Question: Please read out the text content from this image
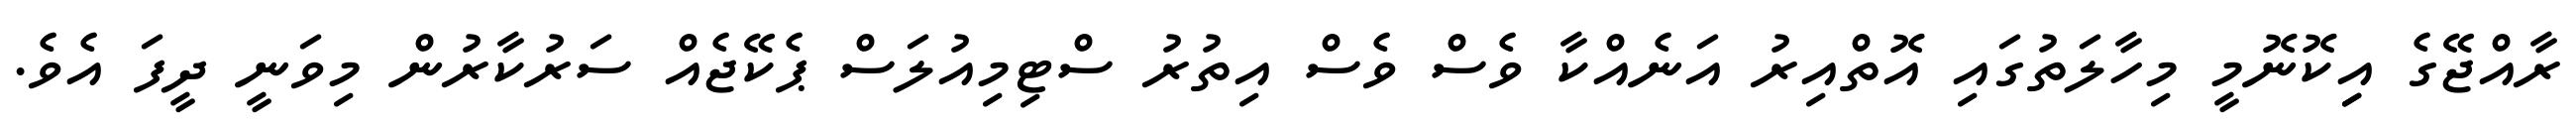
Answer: ރާއްޖޭގެ އިިކޮނޮމީ މިހާލަތުގައި އޮތްއިރު އަނެއްކާ ވެސް ވެސް އިތުރު ސްޓިމިއުލަސް ޕެކޭޖެއް ސަރުކާރުން މިވަނީ ދީފަ އެވެ.